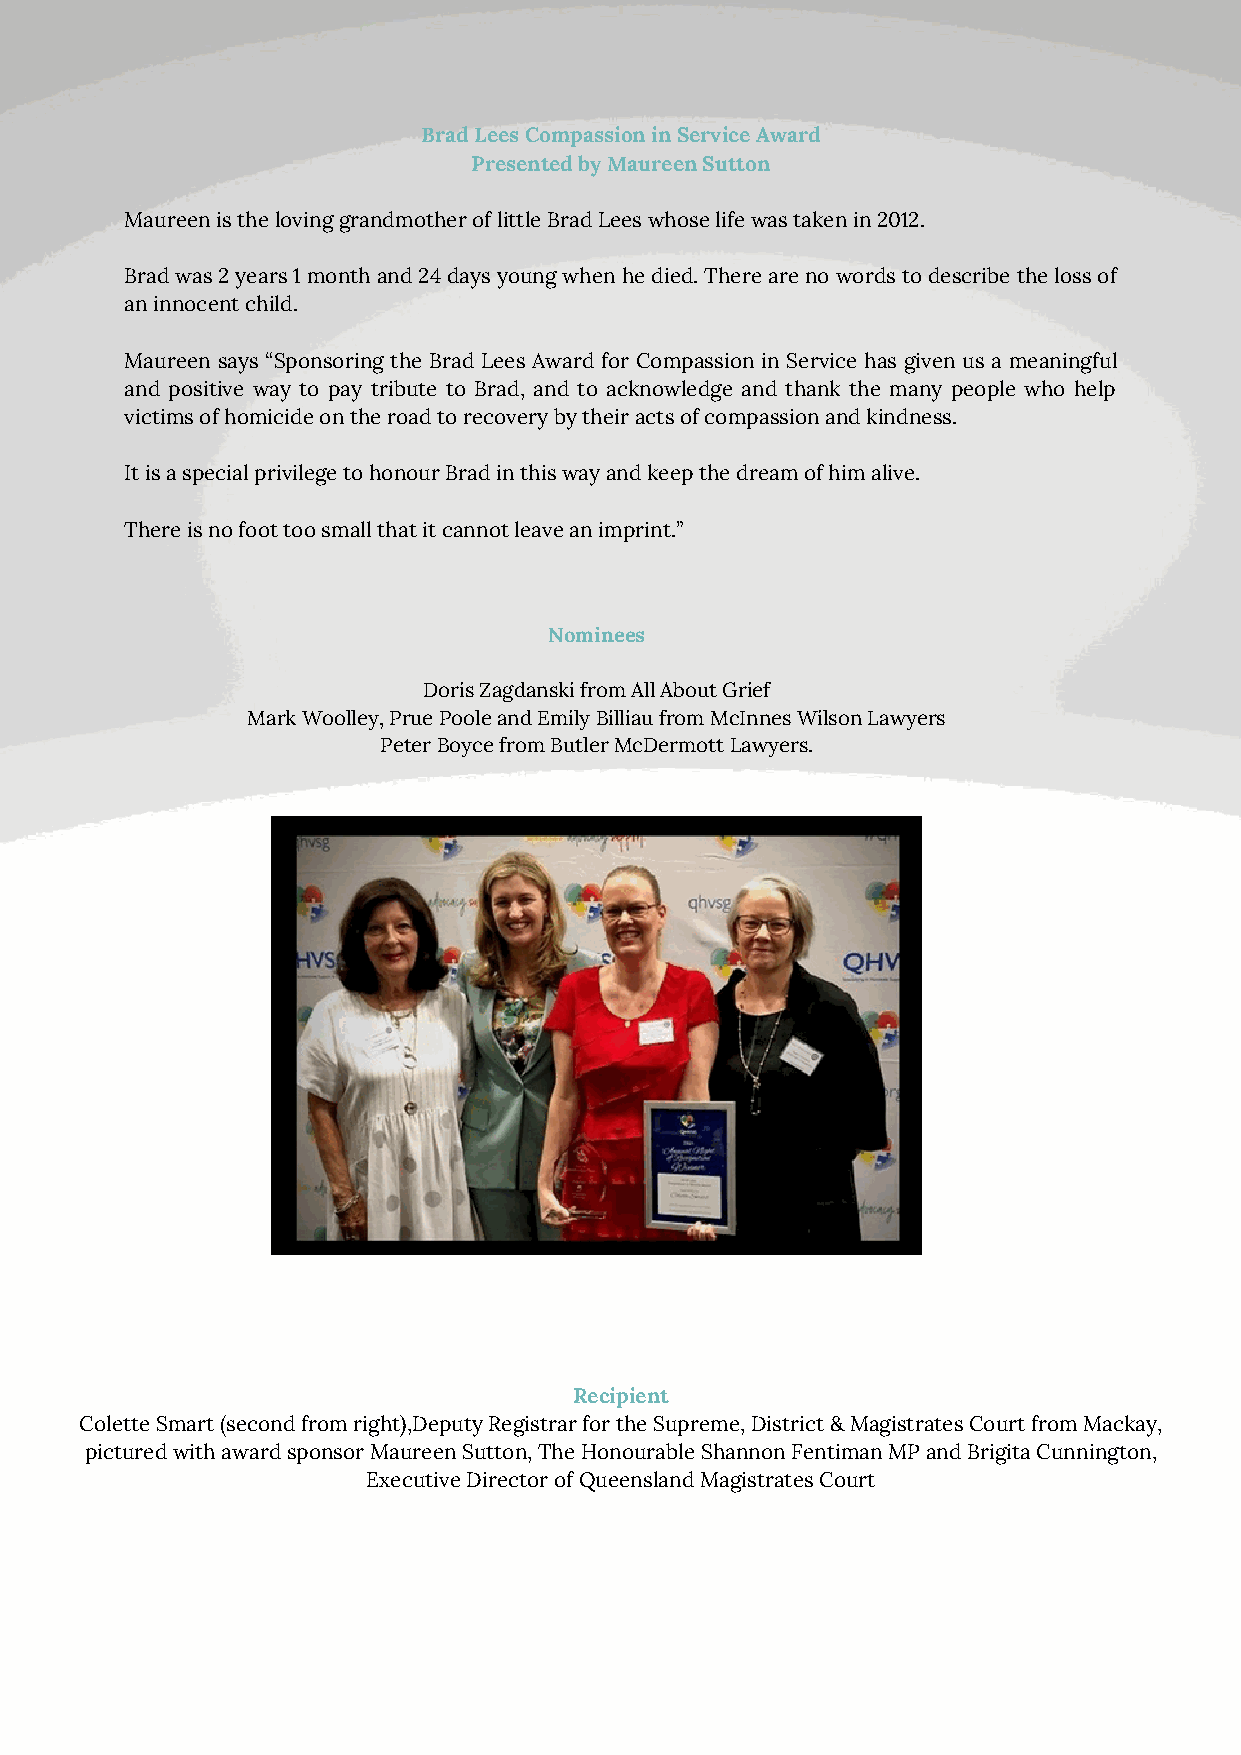
Brad Lees Compassion in Service Award
 Presented by Maureen Sutton
 Maureen is the loving grandmother of little Brad Lees whose life was taken in 2012.
 Brad was 2 years 1 month and 24 days young when he died. There are no words to describe the loss of
 an innocent child.
 Maureen says “Sponsoring the Brad Lees Award for Compassion in Service has given us a meaningful
 and positive way to pay tribute to Brad, and to acknowledge and thank the many people who help
 victims of homicide on the road to recovery by their acts of compassion and kindness.
 It is a special privilege to honour Brad in this way and keep the dream of him alive.
 There is no foot too small that it cannot leave an imprint.”
 Nominees
 Doris Zagdanski from All About Grief
 Mark Woolley, Prue Poole and Emily Billiau from McInnes Wilson Lawyers
 Peter Boyce from Butler McDermott Lawyers.
 Recipient
 Colette Smart (second from right),Deputy Registrar for the Supreme, District & Magistrates Court from Mackay,
 pictured with award sponsor Maureen Sutton, The Honourable Shannon Fentiman MP and Brigita Cunnington,
 Executive Director of Queensland Magistrates Court